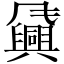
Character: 𬲈